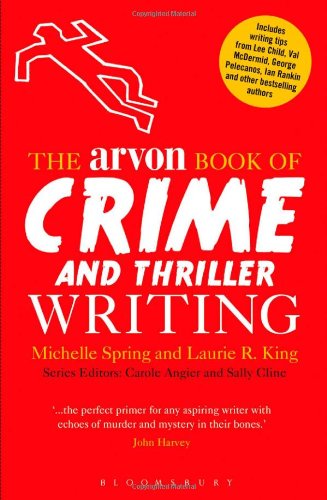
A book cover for The Arvon Book of Crime and Thriller Writing; Michelle Spring; Mystery, Thriller & Suspense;